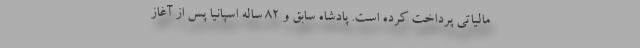
مالیاتی پرداخت کرده است. پادشاه سابق و 82 ساله اسپانیا پس از آغاز